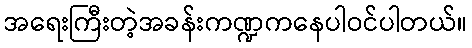
အရေးကြီးတဲ့အခန်းကဏ္ဍကနေပါဝင်ပါတယ်။